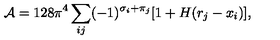
{ \cal A } = 1 2 8 \pi ^ { 4 } \sum _ { i j } ( - 1 ) ^ { \sigma _ { i } + \pi _ { j } } [ 1 + H ( r _ { j } - x _ { i } ) ] ,